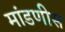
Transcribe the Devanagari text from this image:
मांडणीस